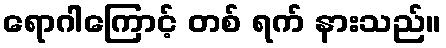
ရောဂါကြောင့် တစ် ရက် နားသည်။